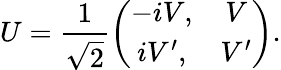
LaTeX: U=\frac 1{\sqrt{2}}\left(\begin{array}{cc}{{-iV,}}&{{V}}\\ {{iV^{\prime},}}&{{V^{\prime}}}\end{array}\right).